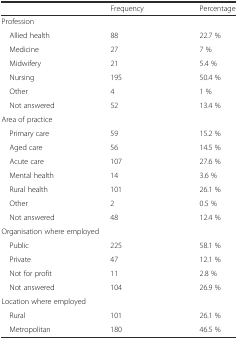
<table><thead><tr><td></td><td><b>Frequency</b></td><td><b>Percentage</b></td></tr></thead><tbody><tr><td colspan="3">Profession</td></tr><tr><td> Allied health</td><td>88</td><td>22.7 %</td></tr><tr><td> Medicine</td><td>27</td><td>7 %</td></tr><tr><td> Midwifery</td><td>21</td><td>5.4 %</td></tr><tr><td> Nursing</td><td>195</td><td>50.4 %</td></tr><tr><td> Other</td><td>4</td><td>1 %</td></tr><tr><td> Not answered</td><td>52</td><td>13.4 %</td></tr><tr><td colspan="3">Area of practice</td></tr><tr><td> Primary care</td><td>59</td><td>15.2 %</td></tr><tr><td> Aged care</td><td>56</td><td>14.5 %</td></tr><tr><td> Acute care</td><td>107</td><td>27.6 %</td></tr><tr><td> Mental health</td><td>14</td><td>3.6 %</td></tr><tr><td> Rural health</td><td>101</td><td>26.1 %</td></tr><tr><td> Other</td><td>2</td><td>0.5 %</td></tr><tr><td> Not answered</td><td>48</td><td>12.4 %</td></tr><tr><td colspan="3">Organisation where employed</td></tr><tr><td> Public</td><td>225</td><td>58.1 %</td></tr><tr><td> Private</td><td>47</td><td>12.1 %</td></tr><tr><td> Not for profit</td><td>11</td><td>2.8 %</td></tr><tr><td> Not answered</td><td>104</td><td>26.9 %</td></tr><tr><td colspan="3">Location where employed</td></tr><tr><td> Rural</td><td>101</td><td>26.1 %</td></tr><tr><td> Metropolitan</td><td>180</td><td>46.5 %</td></tr></tbody></table>